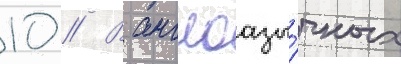
10 // В англоазы́чных